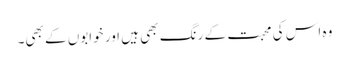
وہ اس کی محبت کے رنگ بھی ہیں اور خوابوں کے بھی۔